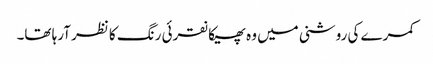
کمرے کی روشنی میں وہ پھیکا نقرئی رنگ کا نظر آرہا تھا۔